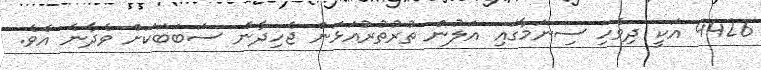
4426 އަކީ ދިވެހި ސިނަމާގައި އަލުން ތުރުތުރުއަޅަން ޖެހިދާނެ ސަބަބަކަށް ވެދާނެ އެވެ.